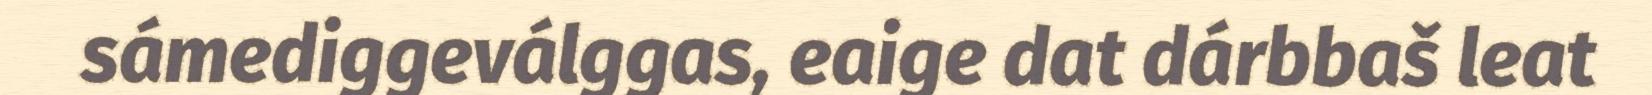
sámediggeválggas, eaige dat dárbbaš leat